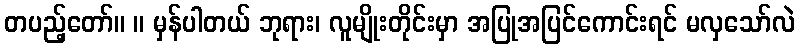
တပည့်တော်။ ။ မှန်ပါတယ် ဘုရား၊ လူမျိုးတိုင်းမှာ အပြုအပြင်ကောင်းရင် မလှသော်လဲ